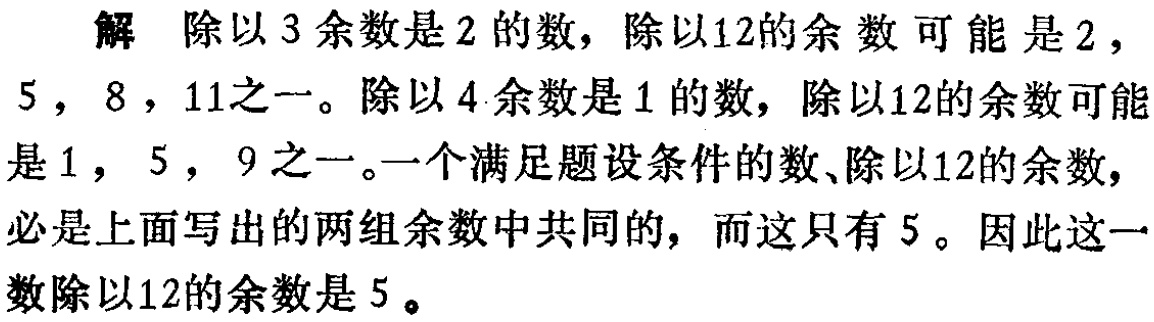
解 除以$3$余数是$2$的数，除以$12$的余数可能是$2$，$5$，$8$，$11$之一。除以$4$余数是$1$的数，除以$12$的余数可能是$1$，$5$，$9$之一。一个满足题设条件的数、除以$12$的余数，必是上面写出的两组余数中共同的，而这只有$5$。因此这一数除以$12$的余数是$5$。